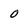
Character: 0